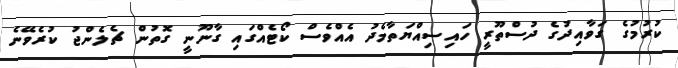
ކުރުމުގެ ގަވާއިދުގެ ދުސްތޫރީ ހައިސިއްޔަތާމެދު އެއްވެސް ކޯޓެއްގައި ގާނޫނީ ގޮތުން ޗެލެންޖު ކުރެވޭނެ